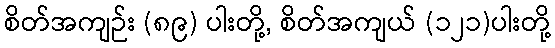
စိတ်အကျဉ်း (၈၉) ပါးတို့, စိတ်အကျယ် (၁၂၁)ပါးတို့